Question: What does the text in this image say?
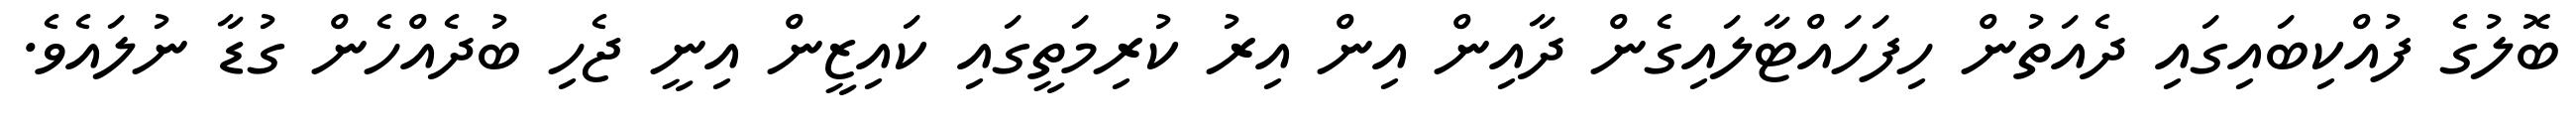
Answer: ބޮލުގެ ފުއްކިބައިގައި ދެއަތުން ހިފަހައްޓާލައިގެން ދާއިން އިން އިރު ކުރިމަތީގައި ކައިޒީން އިނީ ޖެހި ބުދެއްހެން ގުޑާ ނުލައެވެ.